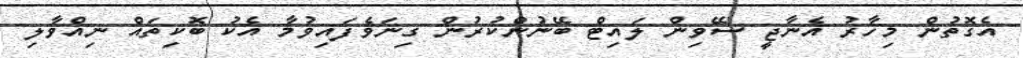
އެގޮތުން މިހާރު އެނާޖީ ސޭވިން ލައިޓް ބޭނުންކުރުން ގިނަވެފައިވުމާ އެކު ބޮކިތައް ނިއްވާލި